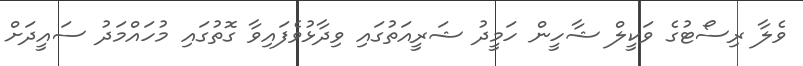
ވެލާ ރިސޯޓުގެ ވަކީލް ޝާހީން ހަމީދު ޝަރީއަތުގައި ވިދާޅުވެފައިވާ ގޮތުގައި މުހައްމަދު ސައީދަށް